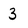
Character: 3